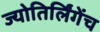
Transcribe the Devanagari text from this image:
ज्योतिर्लिंगेंच